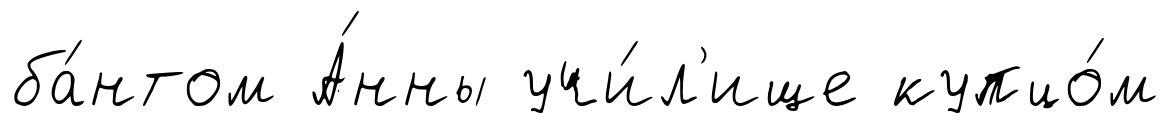
ба́нтом А́нны учи́л'ище купцо́м